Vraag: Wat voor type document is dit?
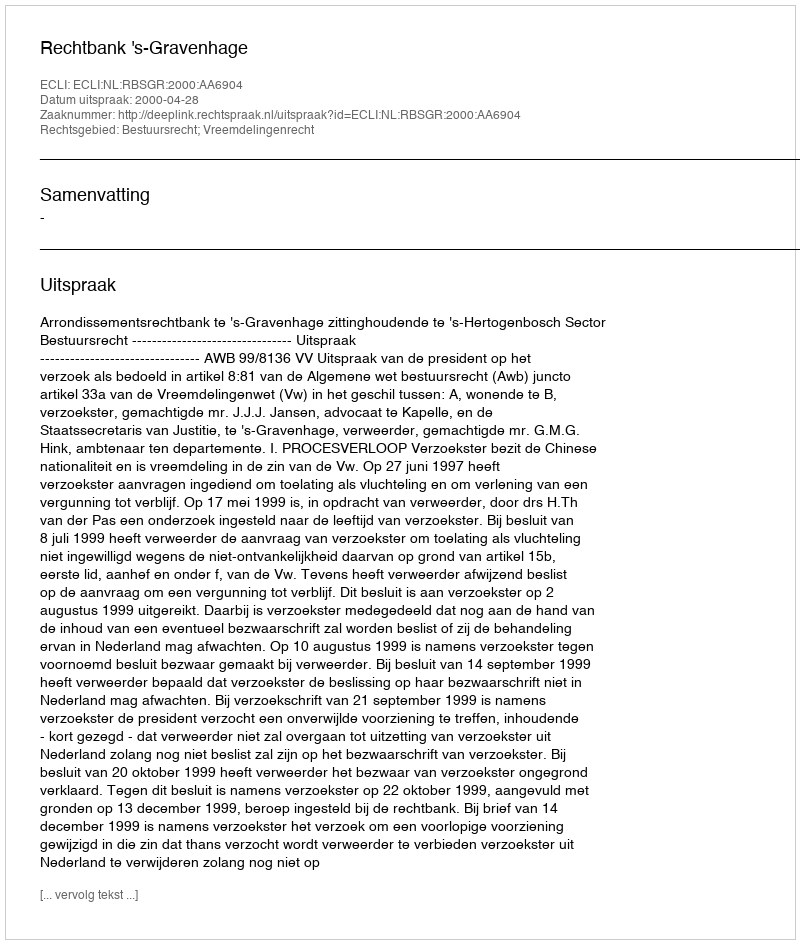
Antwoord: Uitspraak